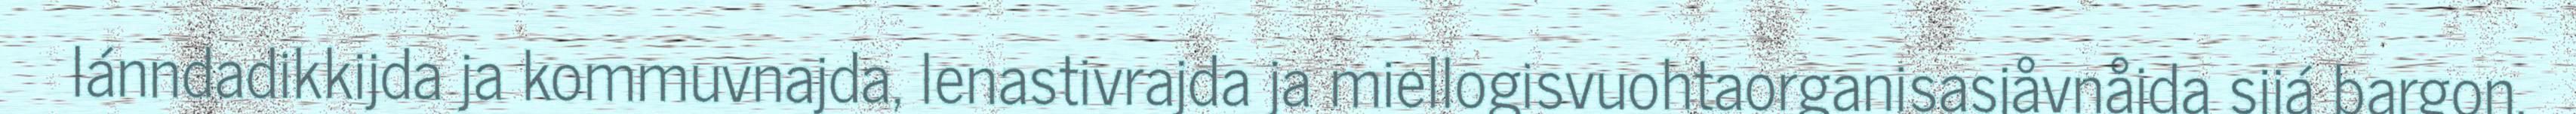
lánndadikkijda ja kommuvnajda, lenastivrajda ja miellogisvuohtaorganisasjåvnåjda sijá bargon.